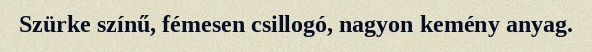
Szürke színű, fémesen csillogó, nagyon kemény anyag.